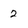
Character: 2